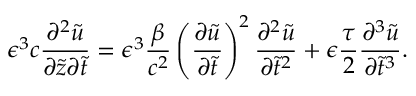
\epsilon ^ { 3 } c \frac { \partial ^ { 2 } \tilde { u } } { \partial \tilde { z } \partial \tilde { t } } = \epsilon ^ { 3 } \frac { \beta } { c ^ { 2 } } \left( \frac { \partial \tilde { u } } { \partial \tilde { t } } \right) ^ { 2 } \frac { \partial ^ { 2 } \tilde { u } } { \partial \tilde { t } ^ { 2 } } + \epsilon \frac { \tau } { 2 } \frac { \partial ^ { 3 } \tilde { u } } { \partial \tilde { t } ^ { 3 } } .